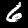
Label: 6